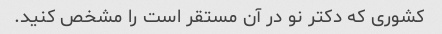
کشوری که دکتر نو در آن مستقر است را مشخص کنید.